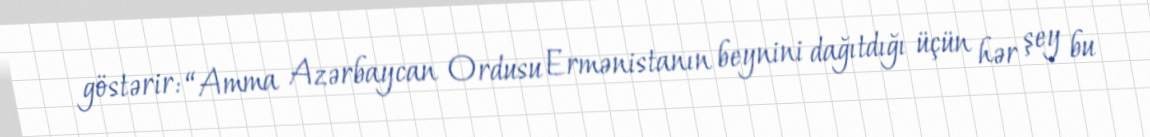
göstərir: “Amma Azərbaycan Ordusu Ermənistanın beynini dağıtdığı üçün hər şey bu